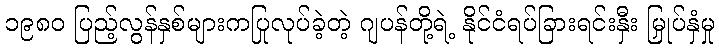
၁၉၈၀ ပြည့်လွန်နှစ်များကပြုလုပ်ခဲ့တဲ့ ဂျပန်တို့ရဲ့ နိုင်ငံရပ်ခြားရင်းနှီး မြှုပ်နှံမှု